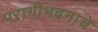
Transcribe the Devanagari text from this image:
परागीभवनाचे